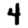
Digit: 4